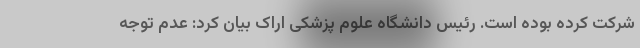
شرکت کرده بوده است. رئیس دانشگاه علوم پزشکی اراک بیان کرد: عدم توجه